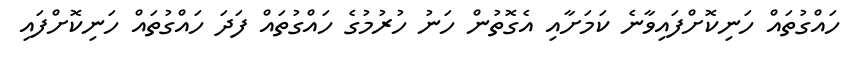
ހައްގުތައް ހަނިކޮށްފައިވާނެ ކަމަށާއި އެގޮތުން ހަނު ހުރުމުގެ ހައްގުތައް ފަދަ ހައްގުތައް ހަނިކޮށްފައި